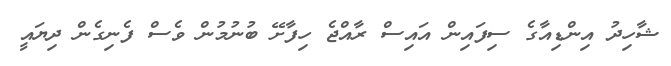
ޝާހިދު އިންޑިއާގެ ސިފައިން އައިސް ރާއްޖެ ހިފާށޭ ބުނުމުން ވެސް ފެނިގެން ދިޔައީ